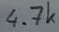
Text: 4.7k